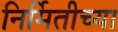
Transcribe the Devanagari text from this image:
निर्मितीच्‍या